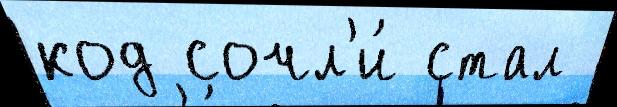
код сочл'и́ стал